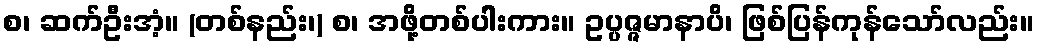
စ၊ ဆက်ဦးအံ့။ (တစ်နည်း၊) စ၊ အဖို့တစ်ပါးကား။ ဥပ္ပဇ္ဇမာနာပိ၊ ဖြစ်ပြန်ကုန်သော်လည်း။